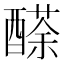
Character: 𨢬